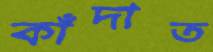
কাঁদাত